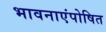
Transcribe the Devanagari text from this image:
भावनाएंपोषित